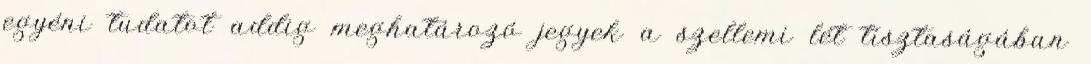
egyéni tudatot addig meghatározó jegyek a szellemi lét tisztaságában